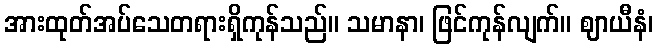
အားထုတ်အပ်သေတရားရှိကုန်သည်။ သမာနာ၊ ဖြင်ကုန်လျက်။ ဈာယီနံ၊